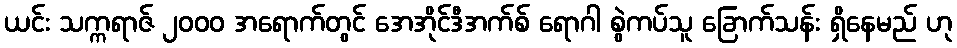
ယင်း သက္ကရာဇ် ၂၀၀၀ အရောက်တွင် အေအိုင်ဒီအက်စ် ရောဂါ စွဲကပ်သူ ခြောက်သန်း ရှိနေမည် ဟု